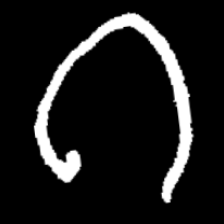
Pyu character \u2014 Myanmar letter: ဂ (romanized: ga)